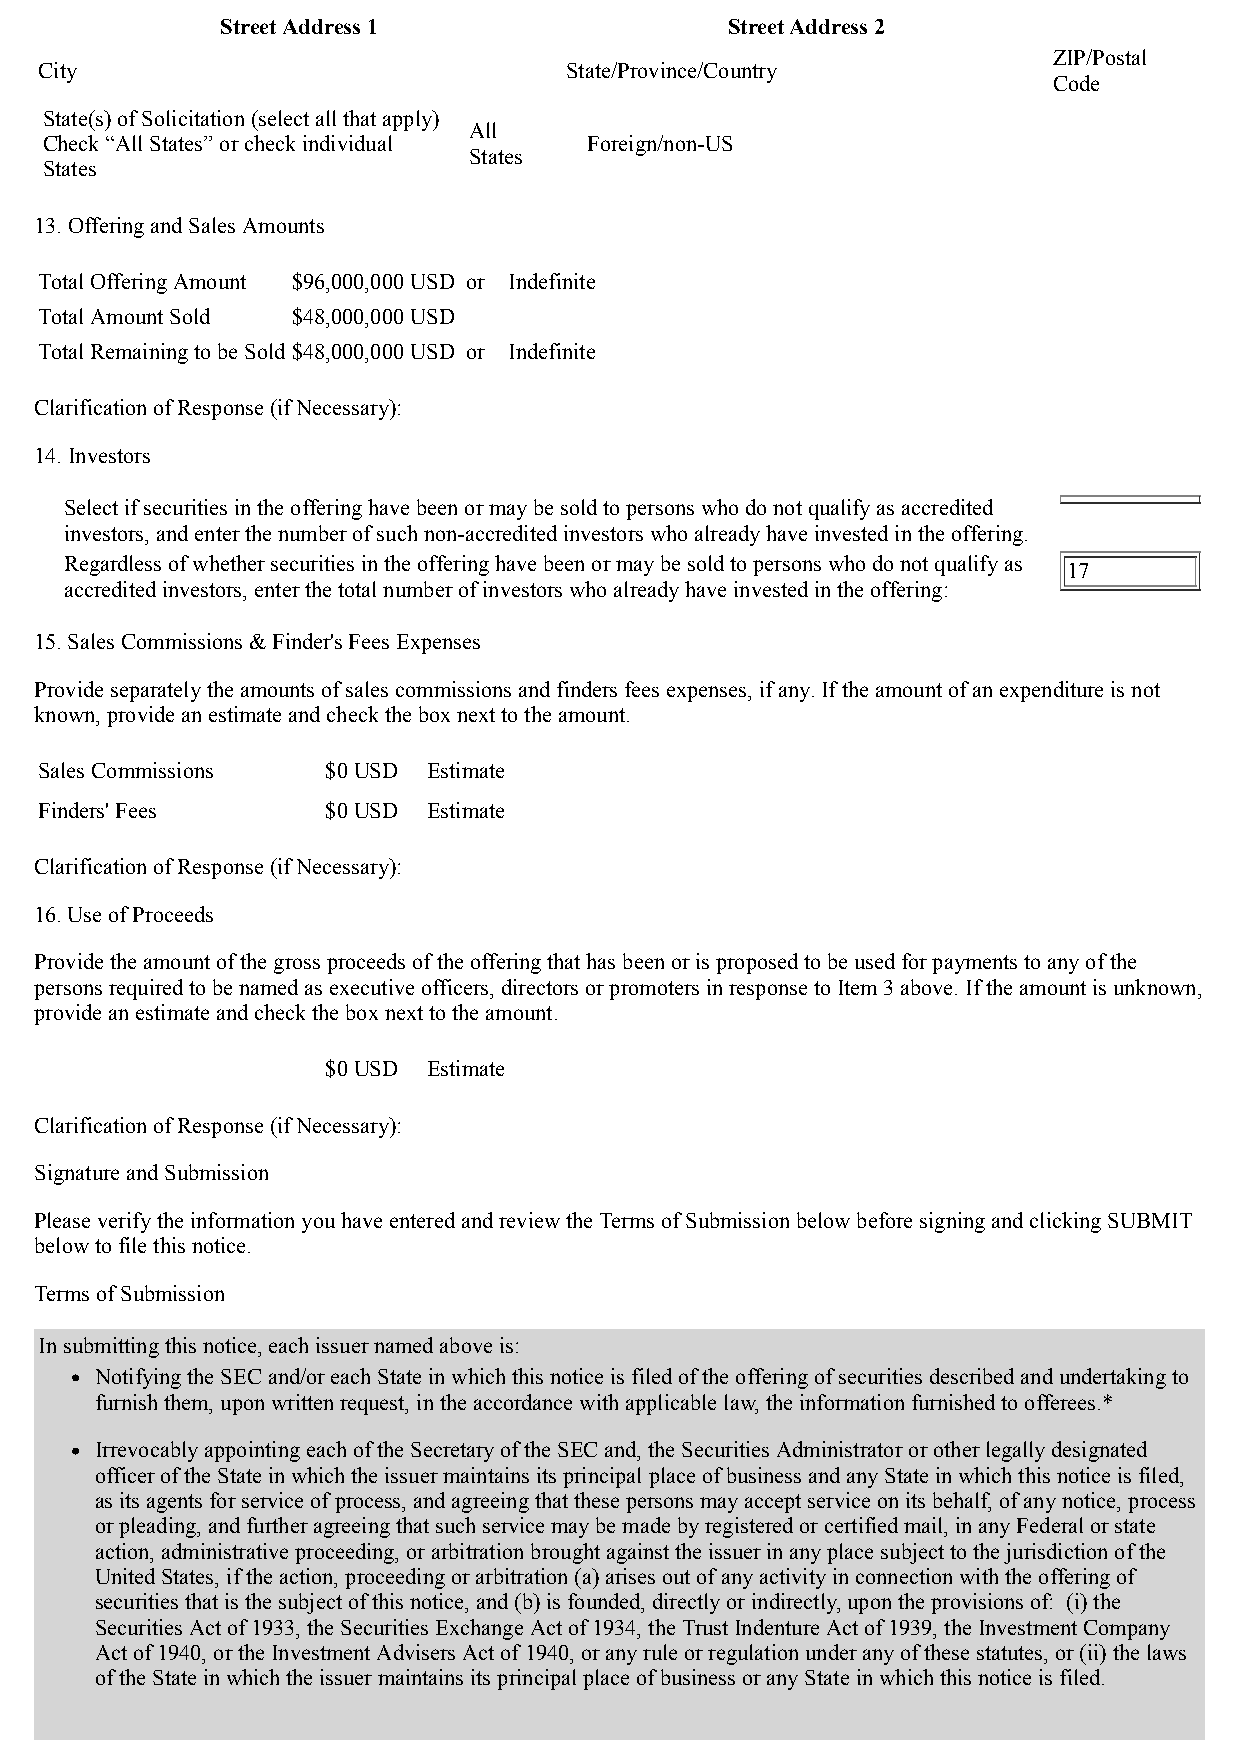
Street Address 1                 Street Address 2
 ZIP/Postal
 City                              State/Province/Country
 Code
 State(s) of Solicitation (select all that apply)
 All
 Check “All States” or check individual Foreign/non-US
 States
 States
 13. Offering and Sales Amounts
 Total Offering Amount $96,000,000USD or Indefinite
 Total Amount Sold $48,000,000USD
 Total Remaining to be Sold$48,000,000USD or Indefinite
 Clarification of Response (if Necessary):
 14. Investors
 Select if securities in the offering have been or may be sold to persons who do not qualify as accredited
 investors, and enter the number of such non-accredited investors who already have invested in the offering.
 Regardless of whether securities in the offering have been or may be sold to persons who do not qualify as
 17
 accredited investors, enter the total number of investors who already have invested in the offering:
 15. Sales Commissions & Finder's Fees Expenses
 Provide separately the amounts of sales commissions and finders fees expenses, if any. If the amount of an expenditure is not
 known, provide an estimate and check the box next to the amount.
 Sales Commissions  $0USD Estimate
 Finders' Fees      $0USD Estimate
 Clarification of Response (if Necessary):
 16. Use of Proceeds
 Provide the amount of the gross proceeds of the offering that has been or is proposed to be used for payments to any of the
 persons required to be named as executive officers, directors or promoters in response to Item 3 above. If the amount is unknown,
 provide an estimate and check the box next to the amount.
 $0USD Estimate
 Clarification of Response (if Necessary):
 Signature and Submission
 Please verify the information you have entered and review the Terms of Submission below before signing and clicking SUBMIT
 below to file this notice.
 Terms of Submission
 In submitting this notice, each issuer named above is:
 Notifying the SEC and/or each State in which this notice is filed of the offering of securities described and undertaking to
 furnish them, upon written request, in the accordance with applicable law, the information furnished to offerees.*
 Irrevocably appointing each of the Secretary of the SEC and, the Securities Administrator or other legally designated
 officer of the State in which the issuer maintains its principal place of business and any State in which this notice is filed,
 as its agents for service of process, and agreeing that these persons may accept service on its behalf, of any notice, process
 or pleading, and further agreeing that such service may be made by registered or certified mail, in any Federal or state
 action, administrative proceeding, or arbitration brought against the issuer in any place subject to the jurisdiction of the
 United States, if the action, proceeding or arbitration (a) arises out of any activity in connection with the offering of
 securities that is the subject of this notice, and (b) is founded, directly or indirectly, upon the provisions of: (i) the
 Securities Act of 1933, the Securities Exchange Act of 1934, the Trust Indenture Act of 1939, the Investment Company
 Act of 1940, or the Investment Advisers Act of 1940, or any rule or regulation under any of these statutes, or (ii) the laws
 of the State in which the issuer maintains its principal place of business or any State in which this notice is filed.